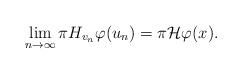
LaTeX: \begin{align*}\lim_{n\to\infty}\pi H_{v_n}\varphi(u_n)=\pi\mathcal{H}\varphi(x).\end{align*}